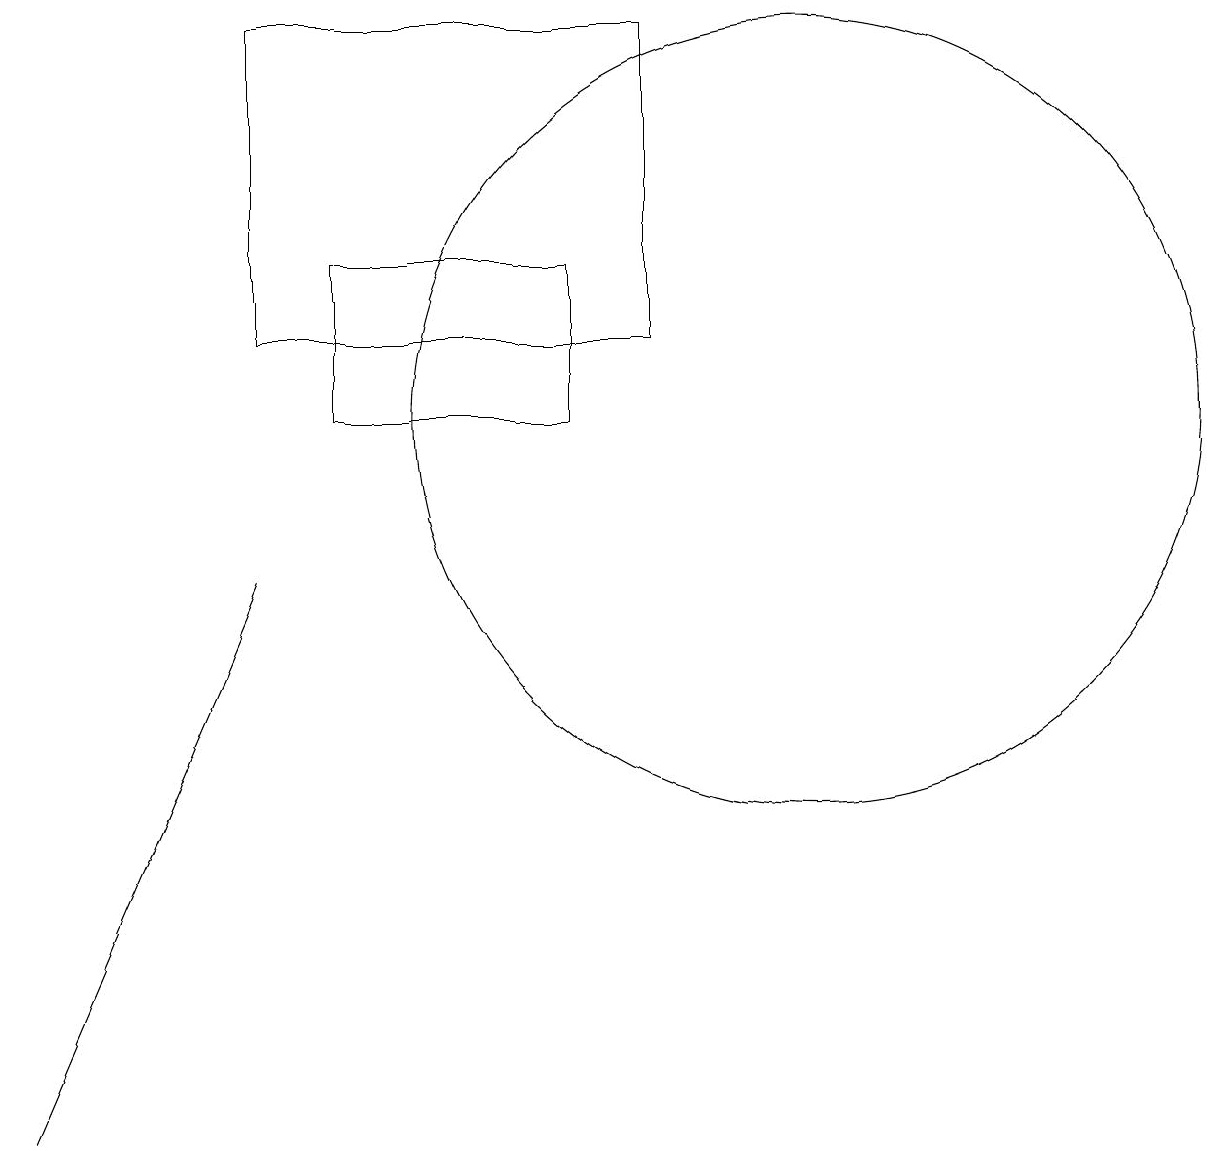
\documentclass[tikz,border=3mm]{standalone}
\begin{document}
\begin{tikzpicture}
\draw (7,11) rectangle (4,13);
\draw (10,11) circle (5);
\draw (3,9) -- (3,9) -- (0,2) -- cycle;
\draw (8,16) rectangle (3,12);
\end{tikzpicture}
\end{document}